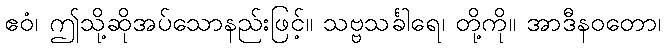
ဧဝံ၊ ဤသို့ဆိုအပ်သောနည်းဖြင့်။ သဗ္ဗသင်္ခါရေ၊ တို့ကို။ အာဒီနဝတော၊